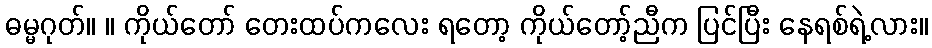
ဓမ္မဂုတ်။ ။ ကိုယ်တော် တေးထပ်ကလေး ရတော့ ကိုယ်တော့်ညီက ပြင်ပြီး နေရစ်ရဲ့လား။